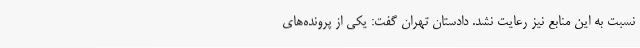
نسبت به این منابع نیز رعایت نشد. دادستان تهران گفت: یکی از پرونده‌های